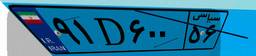
۹۱D۶۰۰۵۶